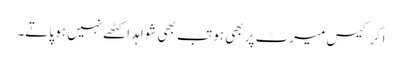
اگر کیس میرٹ پر بھی ہو تب بھی شواہد اکٹھے نہیں ہو پاتے۔